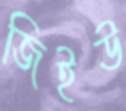
জিইউ